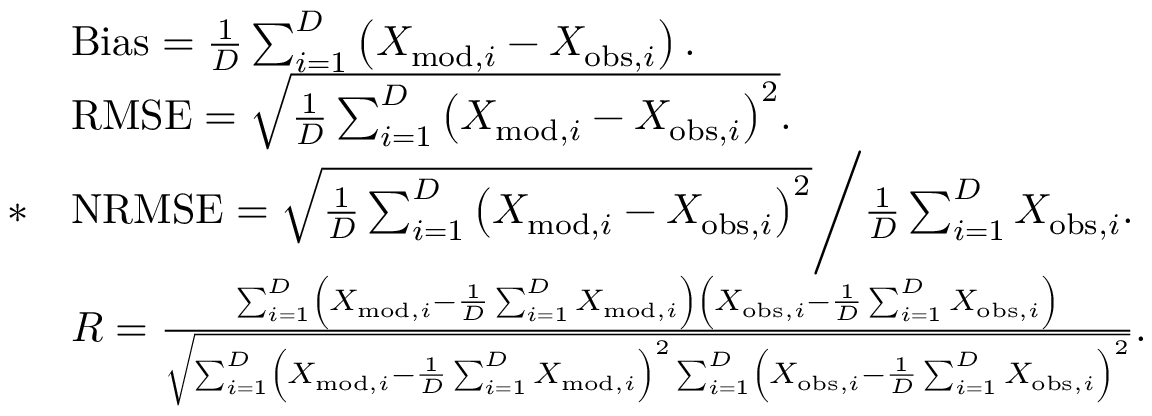
\begin{array} { r l } & { \mathrm { B i a s } = \frac { 1 } { D } \sum _ { i = 1 } ^ { D } \left( X _ { \mathrm { m o d } , i } - X _ { \mathrm { o b s } , i } \right) . } \\ & { \mathrm { R M S E } = \sqrt { \frac { 1 } { D } \sum _ { i = 1 } ^ { D } \left( X _ { \mathrm { m o d } , i } - X _ { \mathrm { o b s } , i } \right) ^ { 2 } } . } \\ { * } & { \mathrm { N R M S E } = \sqrt { \frac { 1 } { D } \sum _ { i = 1 } ^ { D } \left( X _ { \mathrm { m o d } , i } - X _ { \mathrm { o b s } , i } \right) ^ { 2 } } \Bigg / \frac { 1 } { D } \sum _ { i = 1 } ^ { D } X _ { \mathrm { o b s } , i } . } \\ & { R = \frac { \sum _ { i = 1 } ^ { D } \left( X _ { \mathrm { m o d } , i } - \frac { 1 } { D } \sum _ { i = 1 } ^ { D } X _ { \mathrm { m o d } , i } \right) \left( X _ { \mathrm { o b s } , i } - \frac { 1 } { D } \sum _ { i = 1 } ^ { D } X _ { \mathrm { o b s } , i } \right) } { \sqrt { \sum _ { i = 1 } ^ { D } \left( X _ { \mathrm { m o d } , i } - \frac { 1 } { D } \sum _ { i = 1 } ^ { D } X _ { \mathrm { m o d } , i } \right) ^ { 2 } \sum _ { i = 1 } ^ { D } \left( X _ { \mathrm { o b s } , i } - \frac { 1 } { D } \sum _ { i = 1 } ^ { D } X _ { \mathrm { o b s } , i } \right) ^ { 2 } } } . } \end{array}